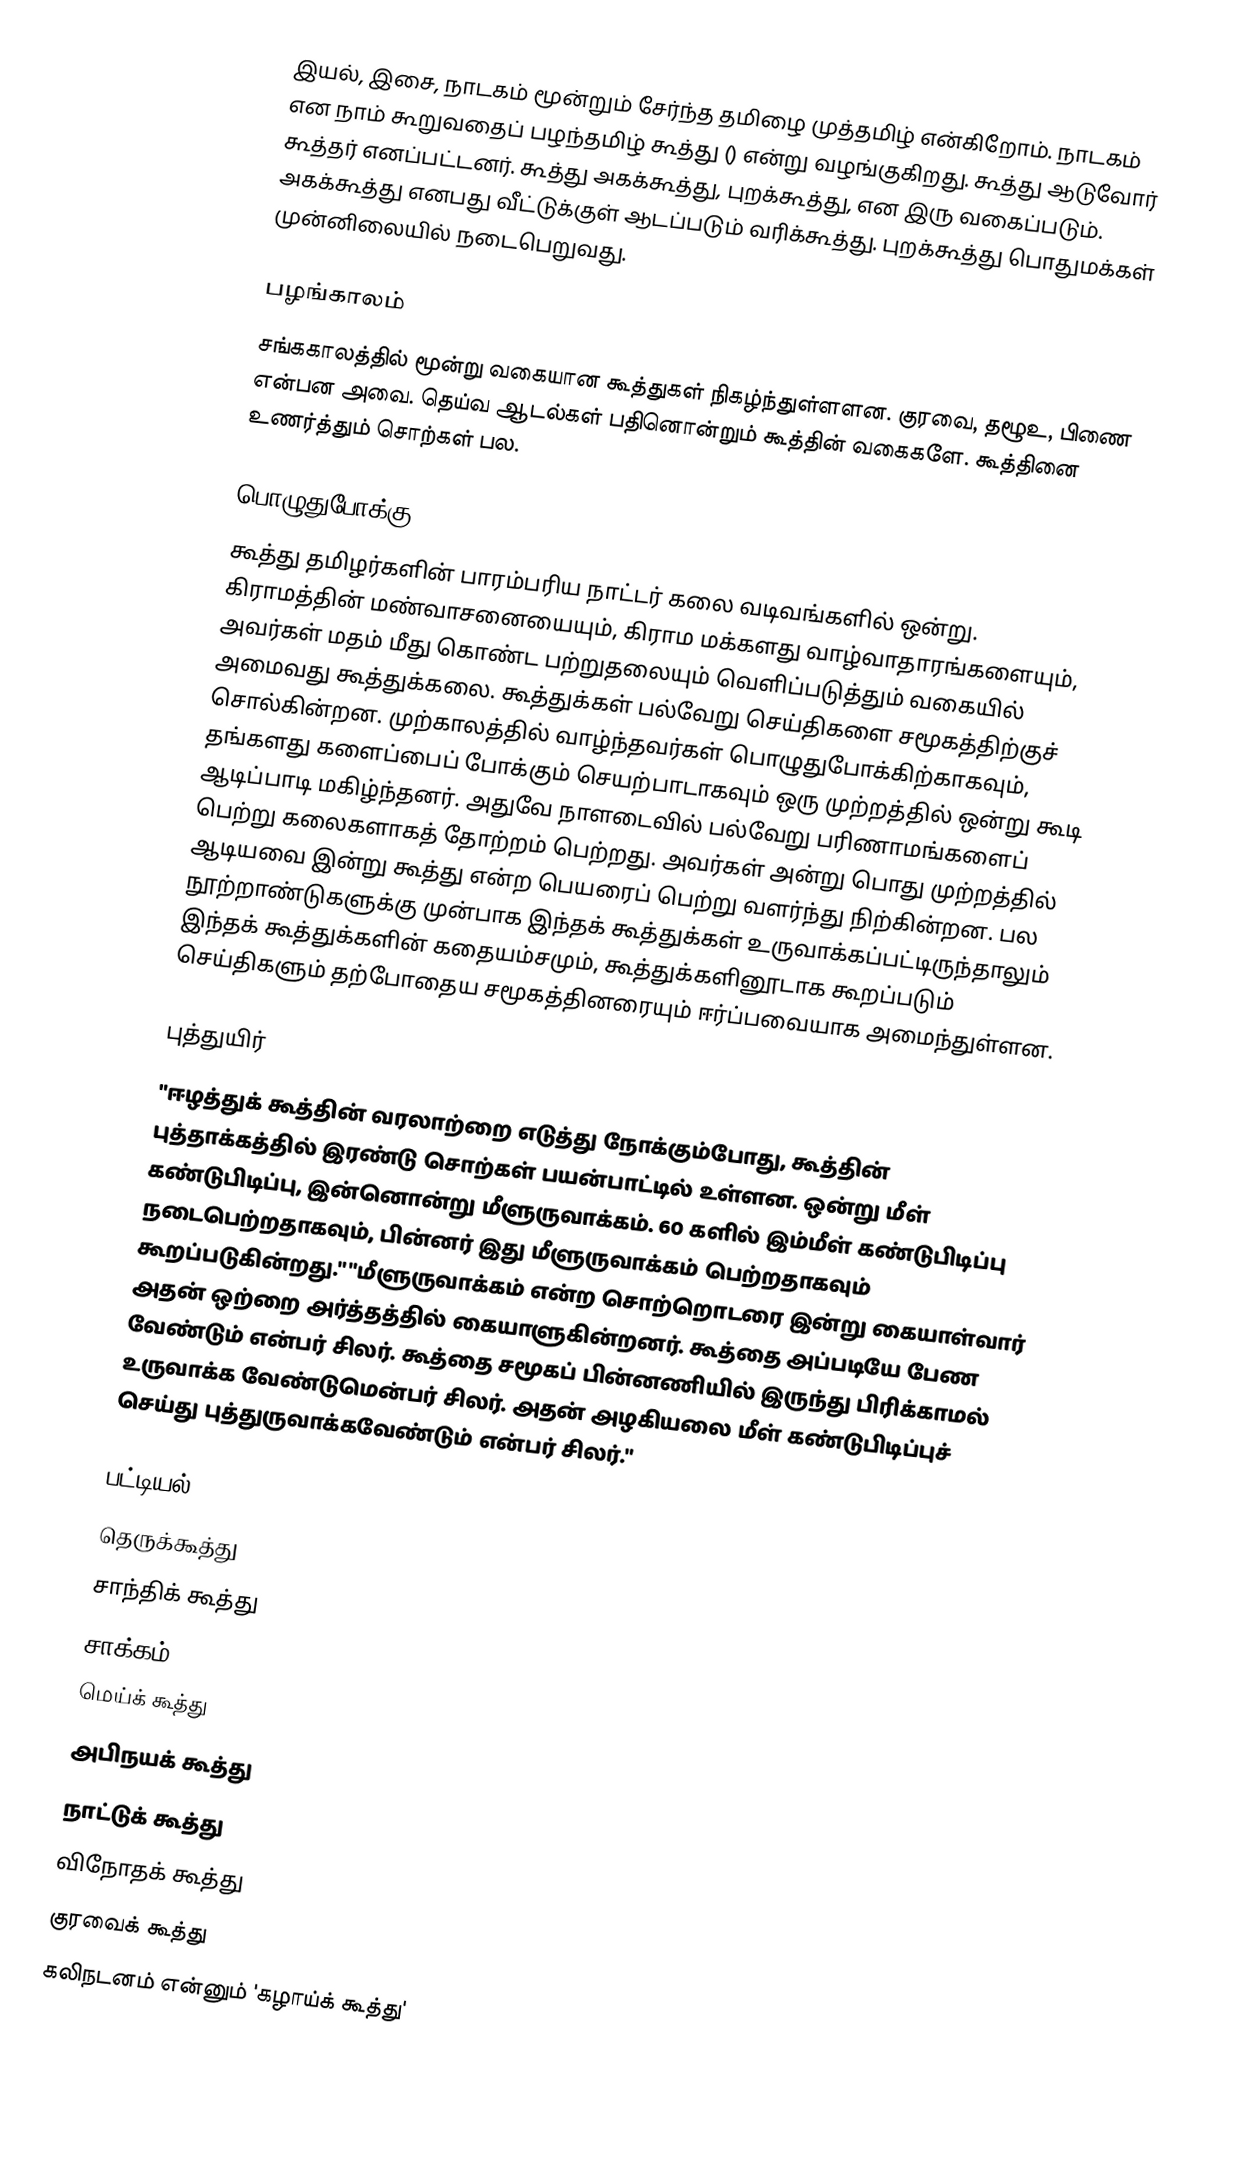
இயல், இசை, நாடகம் மூன்றும் சேர்ந்த தமிழை முத்தமிழ் என்கிறோம். நாடகம் என நாம் கூறுவதைப் பழந்தமிழ் கூத்து () என்று வழங்குகிறது. கூத்து ஆடுவோர் கூத்தர்  எனப்பட்டனர். கூத்து அகக்கூத்து, புறக்கூத்து, என இரு வகைப்படும். அகக்கூத்து எனபது வீட்டுக்குள் ஆடப்படும் வரிக்கூத்து. புறக்கூத்து பொதுமக்கள் முன்னிலையில் நடைபெறுவது.

பழங்காலம்
சங்ககாலத்தில் மூன்று வகையான கூத்துகள் நிகழ்ந்துள்ளளன. குரவை, தழூஉ, பிணை என்பன அவை. தெய்வ ஆடல்கள் பதினொன்றும் கூத்தின் வகைகளே. கூத்தினை உணர்த்தும் சொற்கள் பல.

பொழுதுபோக்கு
கூத்து தமிழர்களின் பாரம்பரிய நாட்டர் கலை வடிவங்களில் ஒன்று.  கிராமத்தின் மண்வாசனையையும், கிராம மக்களது வாழ்வாதாரங்களையும், அவர்கள் மதம் மீது கொண்ட பற்றுதலையும் வெளிப்படுத்தும் வகையில் அமைவது கூத்துக்கலை.  கூத்துக்கள் பல்வேறு செய்திகளை சமூகத்திற்குச் சொல்கின்றன. முற்காலத்தில் வாழ்ந்தவர்கள் பொழுதுபோக்கிற்காகவும், தங்களது களைப்பைப் போக்கும் செயற்பாடாகவும் ஒரு முற்றத்தில் ஒன்று கூடி ஆடிப்பாடி மகிழ்ந்தனர். அதுவே நாளடைவில் பல்வேறு பரிணாமங்களைப் பெற்று கலைகளாகத் தோற்றம் பெற்றது. அவர்கள் அன்று பொது முற்றத்தில் ஆடியவை இன்று கூத்து என்ற பெயரைப் பெற்று வளர்ந்து நிற்கின்றன. பல நூற்றாண்டுகளுக்கு முன்பாக இந்தக் கூத்துக்கள் உருவாக்கப்பட்டிருந்தாலும் இந்தக் கூத்துக்களின் கதையம்சமும், கூத்துக்களினூடாக கூறப்படும் செய்திகளும் தற்போதைய சமூகத்தினரையும் ஈர்ப்பவையாக அமைந்துள்ளன.

புத்துயிர்
"ஈழத்துக் கூத்தின் வரலாற்றை எடுத்து நோக்கும்போது, கூத்தின் புத்தாக்கத்தில் இரண்டு சொற்கள் பயன்பாட்டில் உள்ளன.  ஒன்று மீள் கண்டுபிடிப்பு, இன்னொன்று மீளுருவாக்கம்.  60 களில் இம்மீள் கண்டுபிடிப்பு நடைபெற்றதாகவும், பின்னர் இது மீளுருவாக்கம் பெற்றதாகவும் கூறப்படுகின்றது."   "மீளுருவாக்கம் என்ற சொற்றொடரை இன்று கையாள்வார் அதன் ஒற்றை அர்த்தத்தில் கையாளுகின்றனர்.  கூத்தை அப்படியே பேண வேண்டும் என்பர் சிலர்.  கூத்தை சமூகப் பின்னணியில் இருந்து பிரிக்காமல் உருவாக்க வேண்டுமென்பர் சிலர்.  அதன் அழகியலை மீள் கண்டுபிடிப்புச் செய்து புத்துருவாக்கவேண்டும் என்பர் சிலர்."

பட்டியல்
 தெருக்கூத்து
 சாந்திக் கூத்து
 சாக்கம்
 மெய்க் கூத்து
 அபிநயக் கூத்து
 நாட்டுக் கூத்து
 விநோதக் கூத்து
 குரவைக் கூத்து
 கலிநடனம் என்னும் 'கழாய்க் கூத்து'